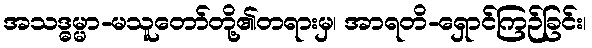
အသဒ္ဓမ္မာ-မသူတော်တို့၏တရားမှ၊ အာရတိ-ရှောင်ကြဉ်ခြင်း၊